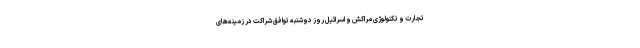
تجارت و تکنولوژی مراکش و اسرائیل روز دوشنبه توافق شراکت در زمینه‌های